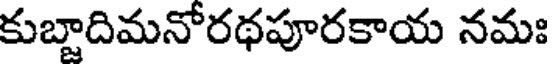
కుబ్దాదిమనోరథపూరకాయ నమః